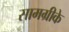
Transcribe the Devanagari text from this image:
सामग्रीके